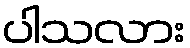
ပါသလား